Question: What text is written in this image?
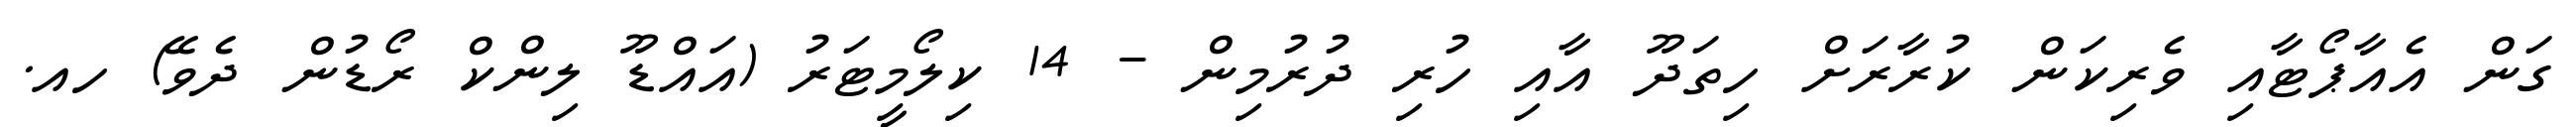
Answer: ގަން އެއާޕޯޓާއި ވެރިކަން ކުރާރަށް ހިތަދޫ އާއި ހުރި ދުރުމިން - 14 ކިލޯމީޓަރު (އައްޑޫ ލިންކް ރޯޑުން ދެވޭ) ހއ.